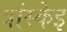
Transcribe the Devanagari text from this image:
त्रांस्केइ